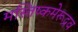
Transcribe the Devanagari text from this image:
मस्तिष्कमेरूद्रव